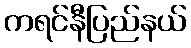
ကရင်နီပြည်နယ်